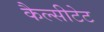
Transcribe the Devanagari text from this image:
कैल्सीटेट